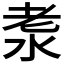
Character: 𣴐